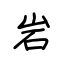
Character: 岩